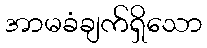
အာမခံချက်ရှိသော